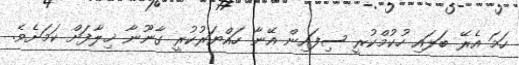
ހަމަ އެރޭ ބަލައި ހުކުމްކުރީ ސިފައިން އޭނާ ހައްޔަރުކުރީ ގާނޫނާ ޚިލާފަށް ކަމަށެވެ.